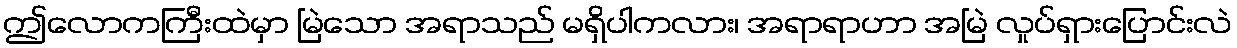
ဤလောကကြီးထဲမှာ မြဲသော အရာသည် မရှိပါကလား၊ အရာရာဟာ အမြဲ လှုပ်ရှားပြောင်းလဲ